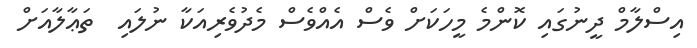
އިސްލާމް ދީނުގައި ކޮންމެ މީހަކަށް ވެސް އެއްވެސް މެދުވެރިއަކާ ނުލައި  ތަޢާލާއަށް